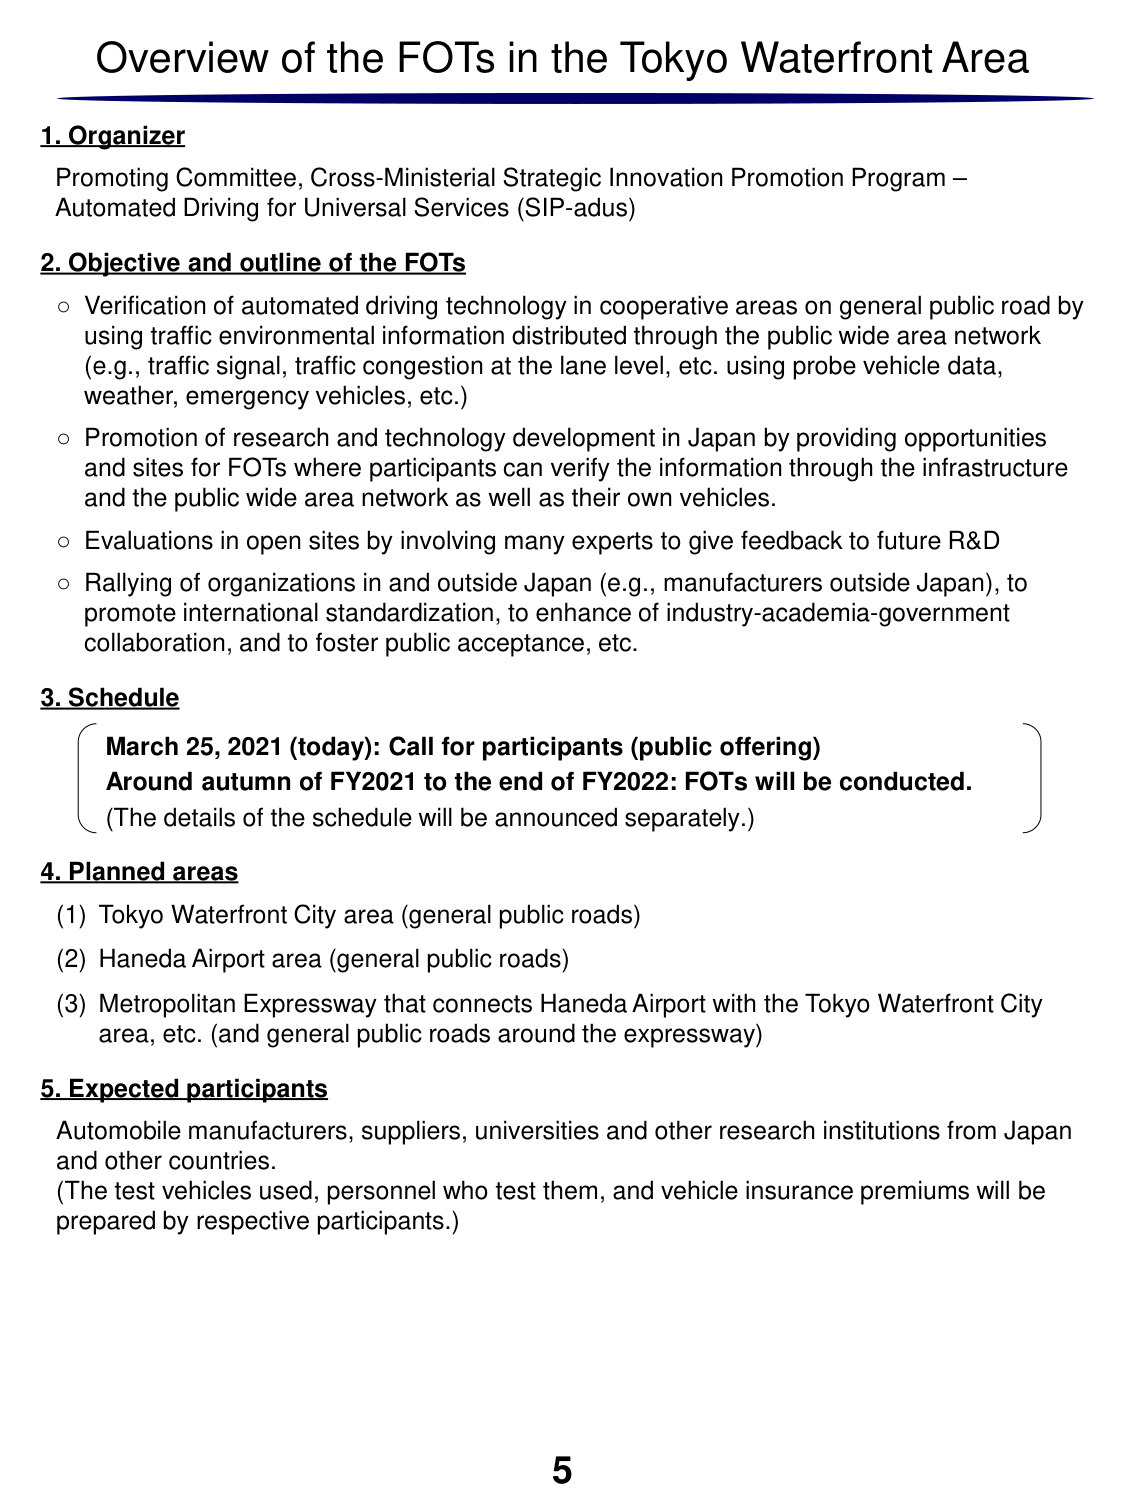
Overview of the FOTs in the Tokyo Waterfront Area

1. Organizer
Promoting Committee, Cross-Ministerial Strategic Innovation Promotion Program – Automated Driving for Universal Services (SIP-adus)

2. Objective and outline of the FOTs
○ Verification of automated driving technology in cooperative areas on general public road by using traffic environmental information distributed through the public wide area network (e.g., traffic signal, traffic congestion at the lane level, etc. using probe vehicle data, weather, emergency vehicles, etc.)
○ Promotion of research and technology development in Japan by providing opportunities and sites for FOTs where participants can verify the information through the infrastructure and the public wide area network as well as their own vehicles.
○ Evaluations in open sites by involving many experts to give feedback to future R&D
○ Rallying of organizations in and outside Japan (e.g., manufacturers outside Japan), to promote international standardization, to enhance of industry-academia-government collaboration, and to foster public acceptance, etc.

3. Schedule
March 25, 2021 (today): Call for participants (public offering)
Around autumn of FY2021 to the end of FY2022: FOTs will be conducted.
(The details of the schedule will be announced separately.)

4. Planned areas
(1) Tokyo Waterfront City area (general public roads)
(2) Haneda Airport area (general public roads)
(3) Metropolitan Expressway that connects Haneda Airport with the Tokyo Waterfront City area, etc. (and general public roads around the expressway)

5. Expected participants
Automobile manufacturers, suppliers, universities and other research institutions from Japan and other countries.
(The test vehicles used, personnel who test them, and vehicle insurance premiums will be prepared by respective participants.)

5